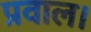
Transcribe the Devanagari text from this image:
प्रवाल।